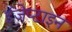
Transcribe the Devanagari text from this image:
ईजेप्टाइन